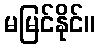
မမြင်နိုင်။